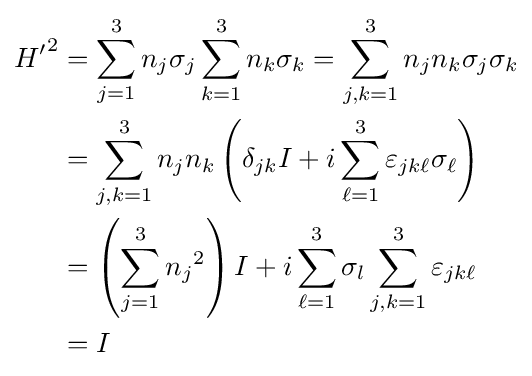
{\begin{aligned}{H'}^{2}&=\sum \limits _{j=1}^{3}{n_{j}\sigma _{j}}\sum \limits _{k=1}^{3}{n_{k}\sigma _{k}}=\sum \limits _{j,k=1}^{3}{n_{j}n_{k}\sigma _{j}\sigma _{k}}\\&=\sum \limits _{j,k=1}^{3}{n_{j}n_{k}\left(\delta _{jk}I+i\sum \limits _{\ell =1}^{3}{\varepsilon _{jk\ell }\sigma _{\ell }}\right)}\\&=\left(\sum \limits _{j=1}^{3}{n_{j}}^{2}\right)I+i\sum \limits _{\ell =1}^{3}{\sigma _{l}\sum \limits _{j,k=1}^{3}\varepsilon _{jk\ell }}\\&=I\\\end{aligned}}